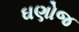
ઘણોજ